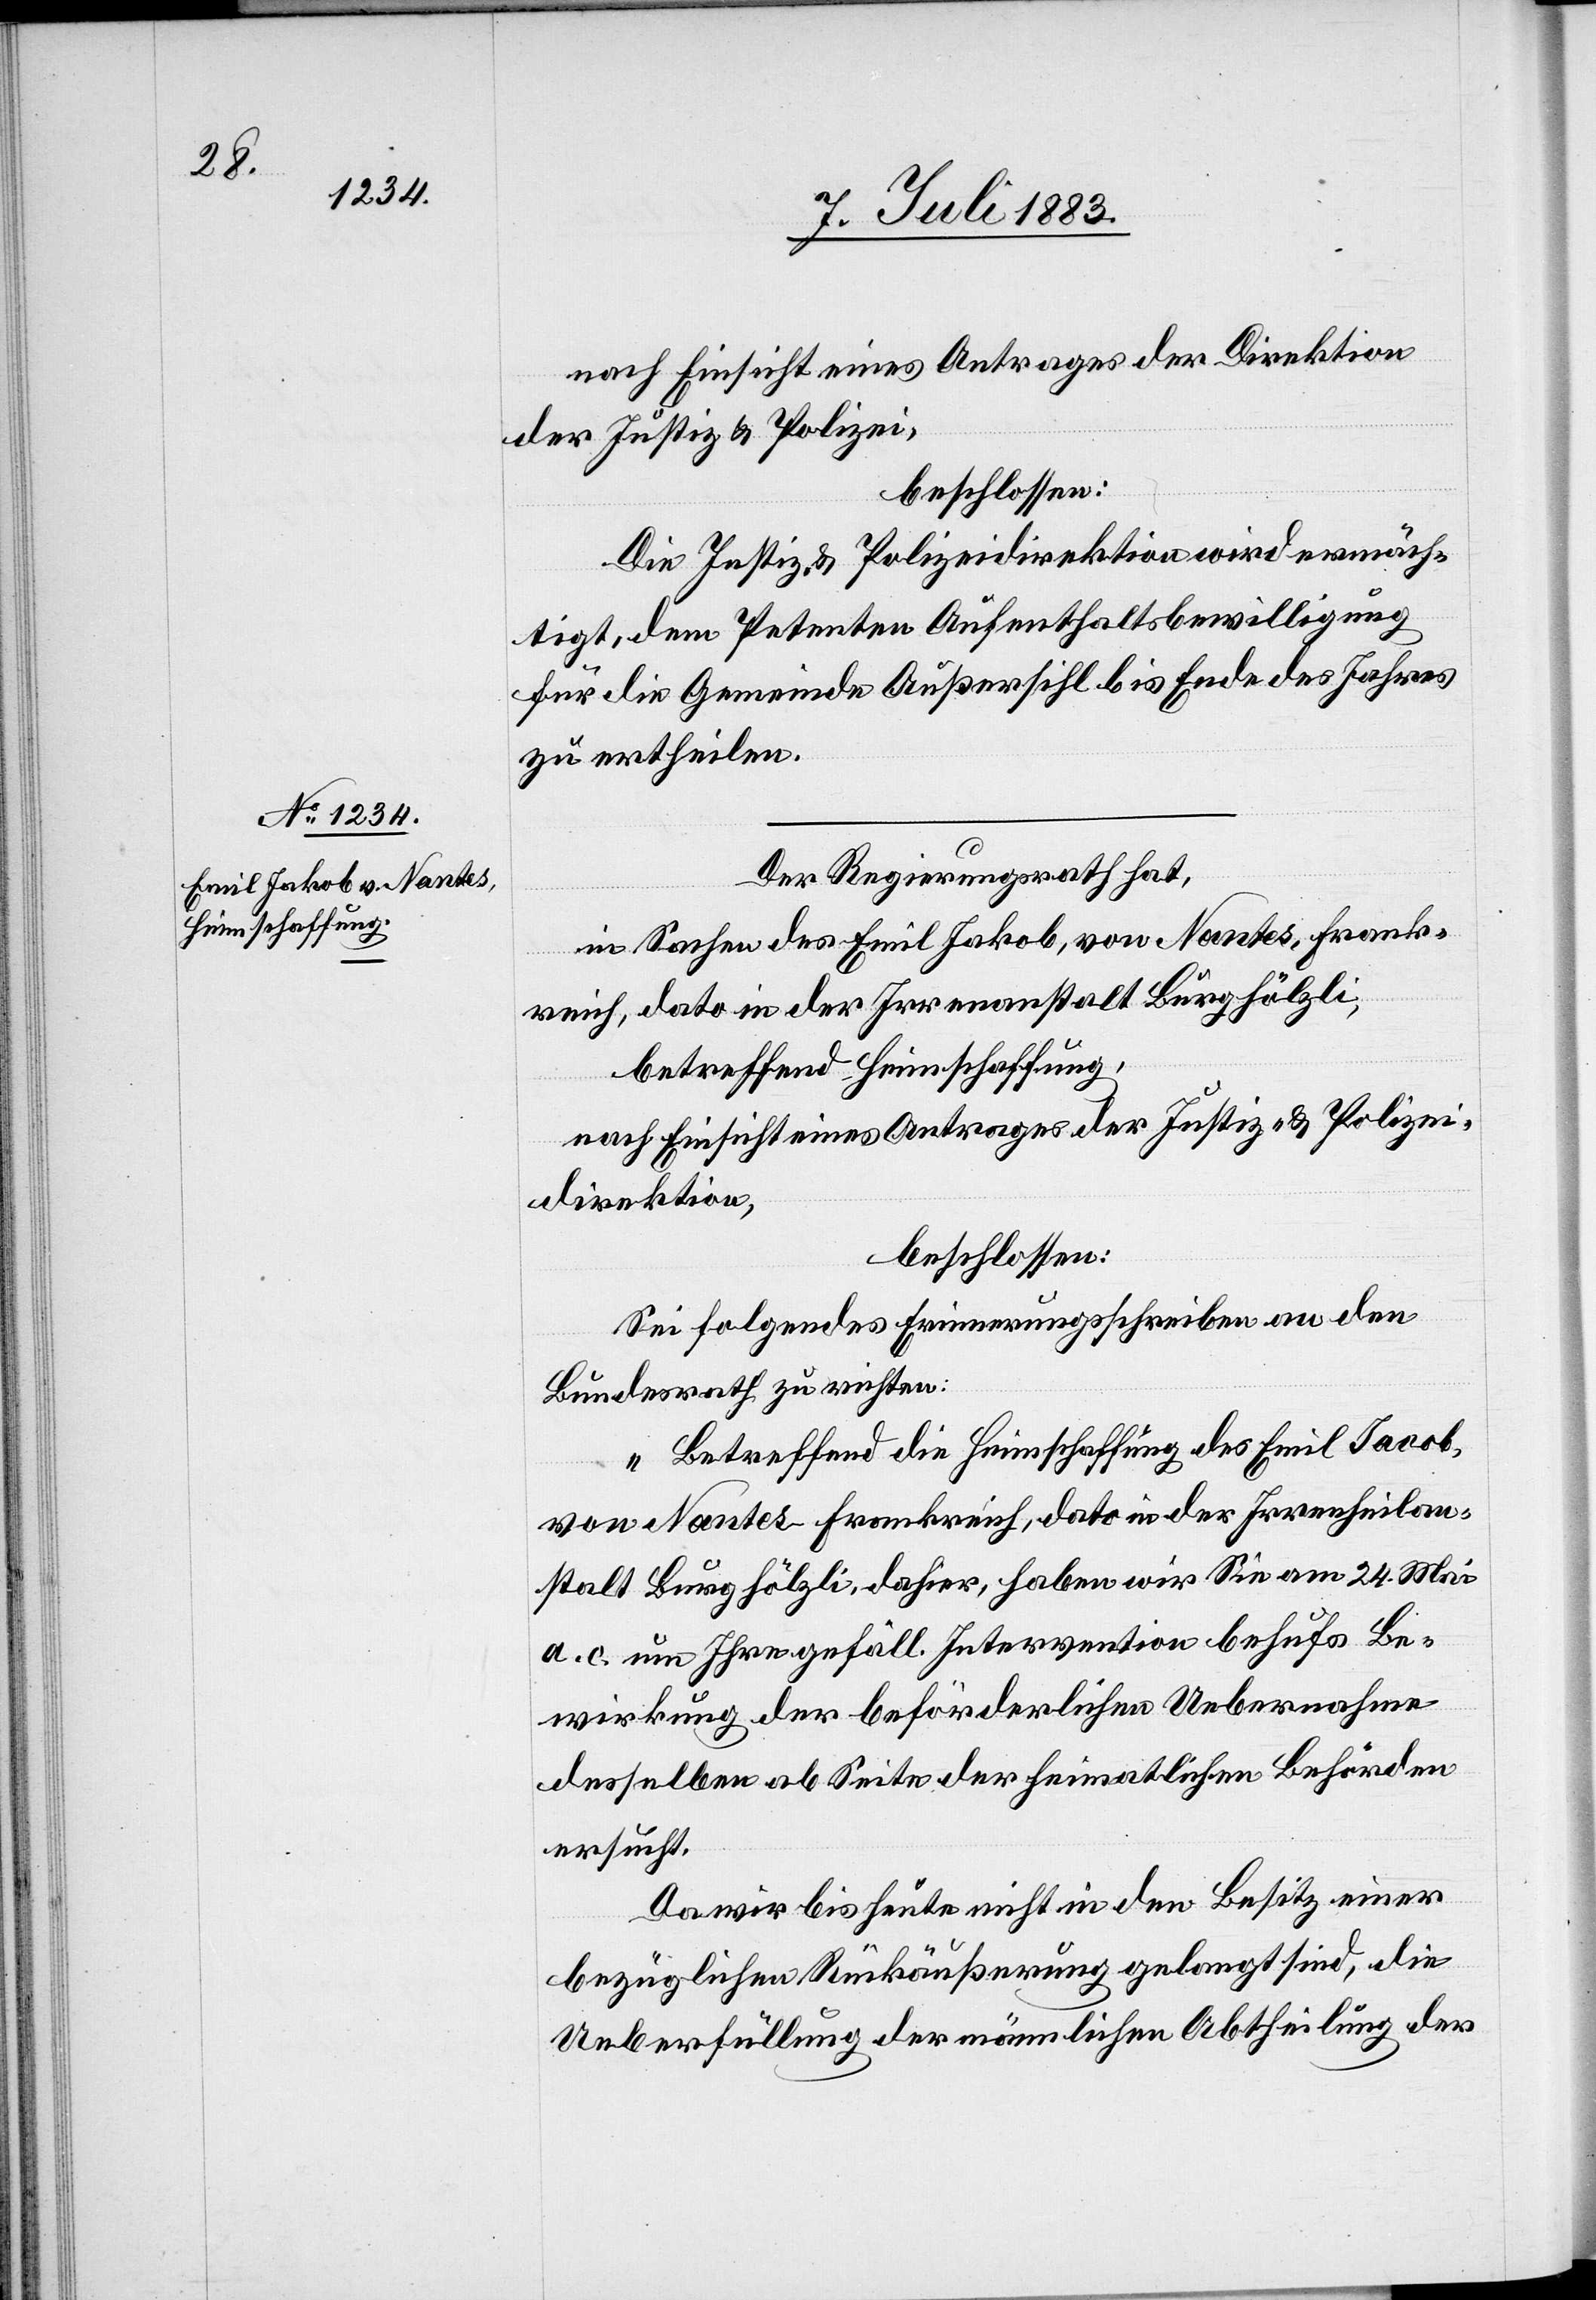
nach Einsicht eines Antrages der Direktion
der Justiz & Polizei,
beschlossen:
Die Justiz- & Polizeidirektion wird ermäch¬
tigt, dem Petenten Aufenthaltsbewilligung
für die Gemeinde Außersihl bis Ende des Jahres
zu ertheilen.
Der Regierungsrath hat,
in Sachen des Emil Jakob, von Nantes, Frank¬
reich, dato in der Irrenanstalt Burghölzli,
betreffend Heimschaffung,
nach Einsicht eines Antrages der Justiz- & Polizei¬
direktion,
beschlossen:
Sei folgendes Erinnerungsschreiben an den
Bundesrath zu richten:
„Betreffend die Heimschaffung des Emil Jakob
von Nantes - Frankreich, dato in der Irrenheilan¬
stalt Burghölzli, dahier, haben wir Sie am 24. Mai
a. c. um Ihre gefäll. Intervention behufs Be¬
wirkung der beförderlichen Uebernahme
desselben ab Seite der heimatlichen Behörden
ersucht.
Da wir bis heute nicht in den Besitz einer
bezüglichen Rückäußerung gelangt sind, die
Ueberfüllung der nämlichen Abtheilung der